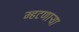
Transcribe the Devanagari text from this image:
म्हटणाऱ्या